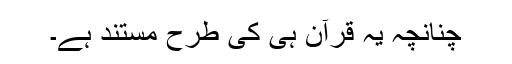
چنانچہ یہ قرآن ہی کی طرح مستند ہے۔